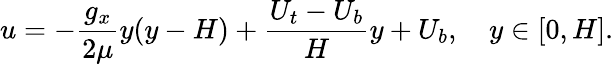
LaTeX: u=-\frac{g_{x}}{2\mu}y(y-H)+\frac{U_{t}-U_{b}}{H}y+U_{b},\quad y\in[0,H].